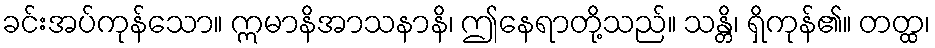
ခင်းအပ်ကုန်သော။ ဣမာနိအာသနာနိ၊ ဤနေရာတို့သည်။ သန္တိ၊ ရှိကုန်၏။ တတ္ထ၊